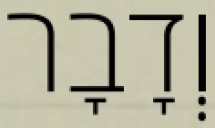
וְדָבָר